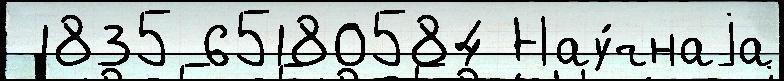
 1835 65180584 Нау́чнаjа